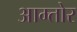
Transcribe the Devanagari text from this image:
आम्तोर